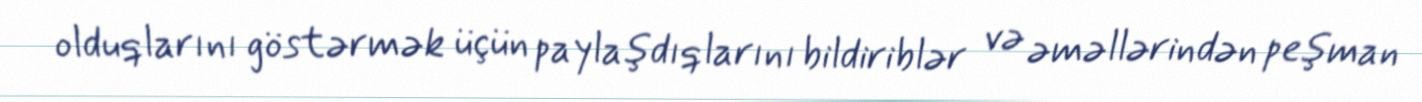
olduqlarını göstərmək üçün paylaşdıqlarını bildiriblər və əməllərindən peşman